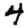
Digit: 4